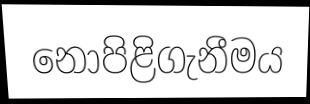
නොපිළිගැනීමය